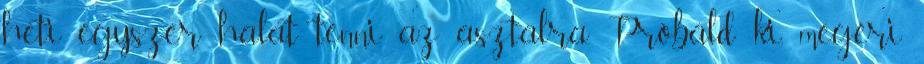
heti egyszer halat tenni az asztalra. Próbáld ki, megéri